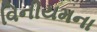
વિનીયમના